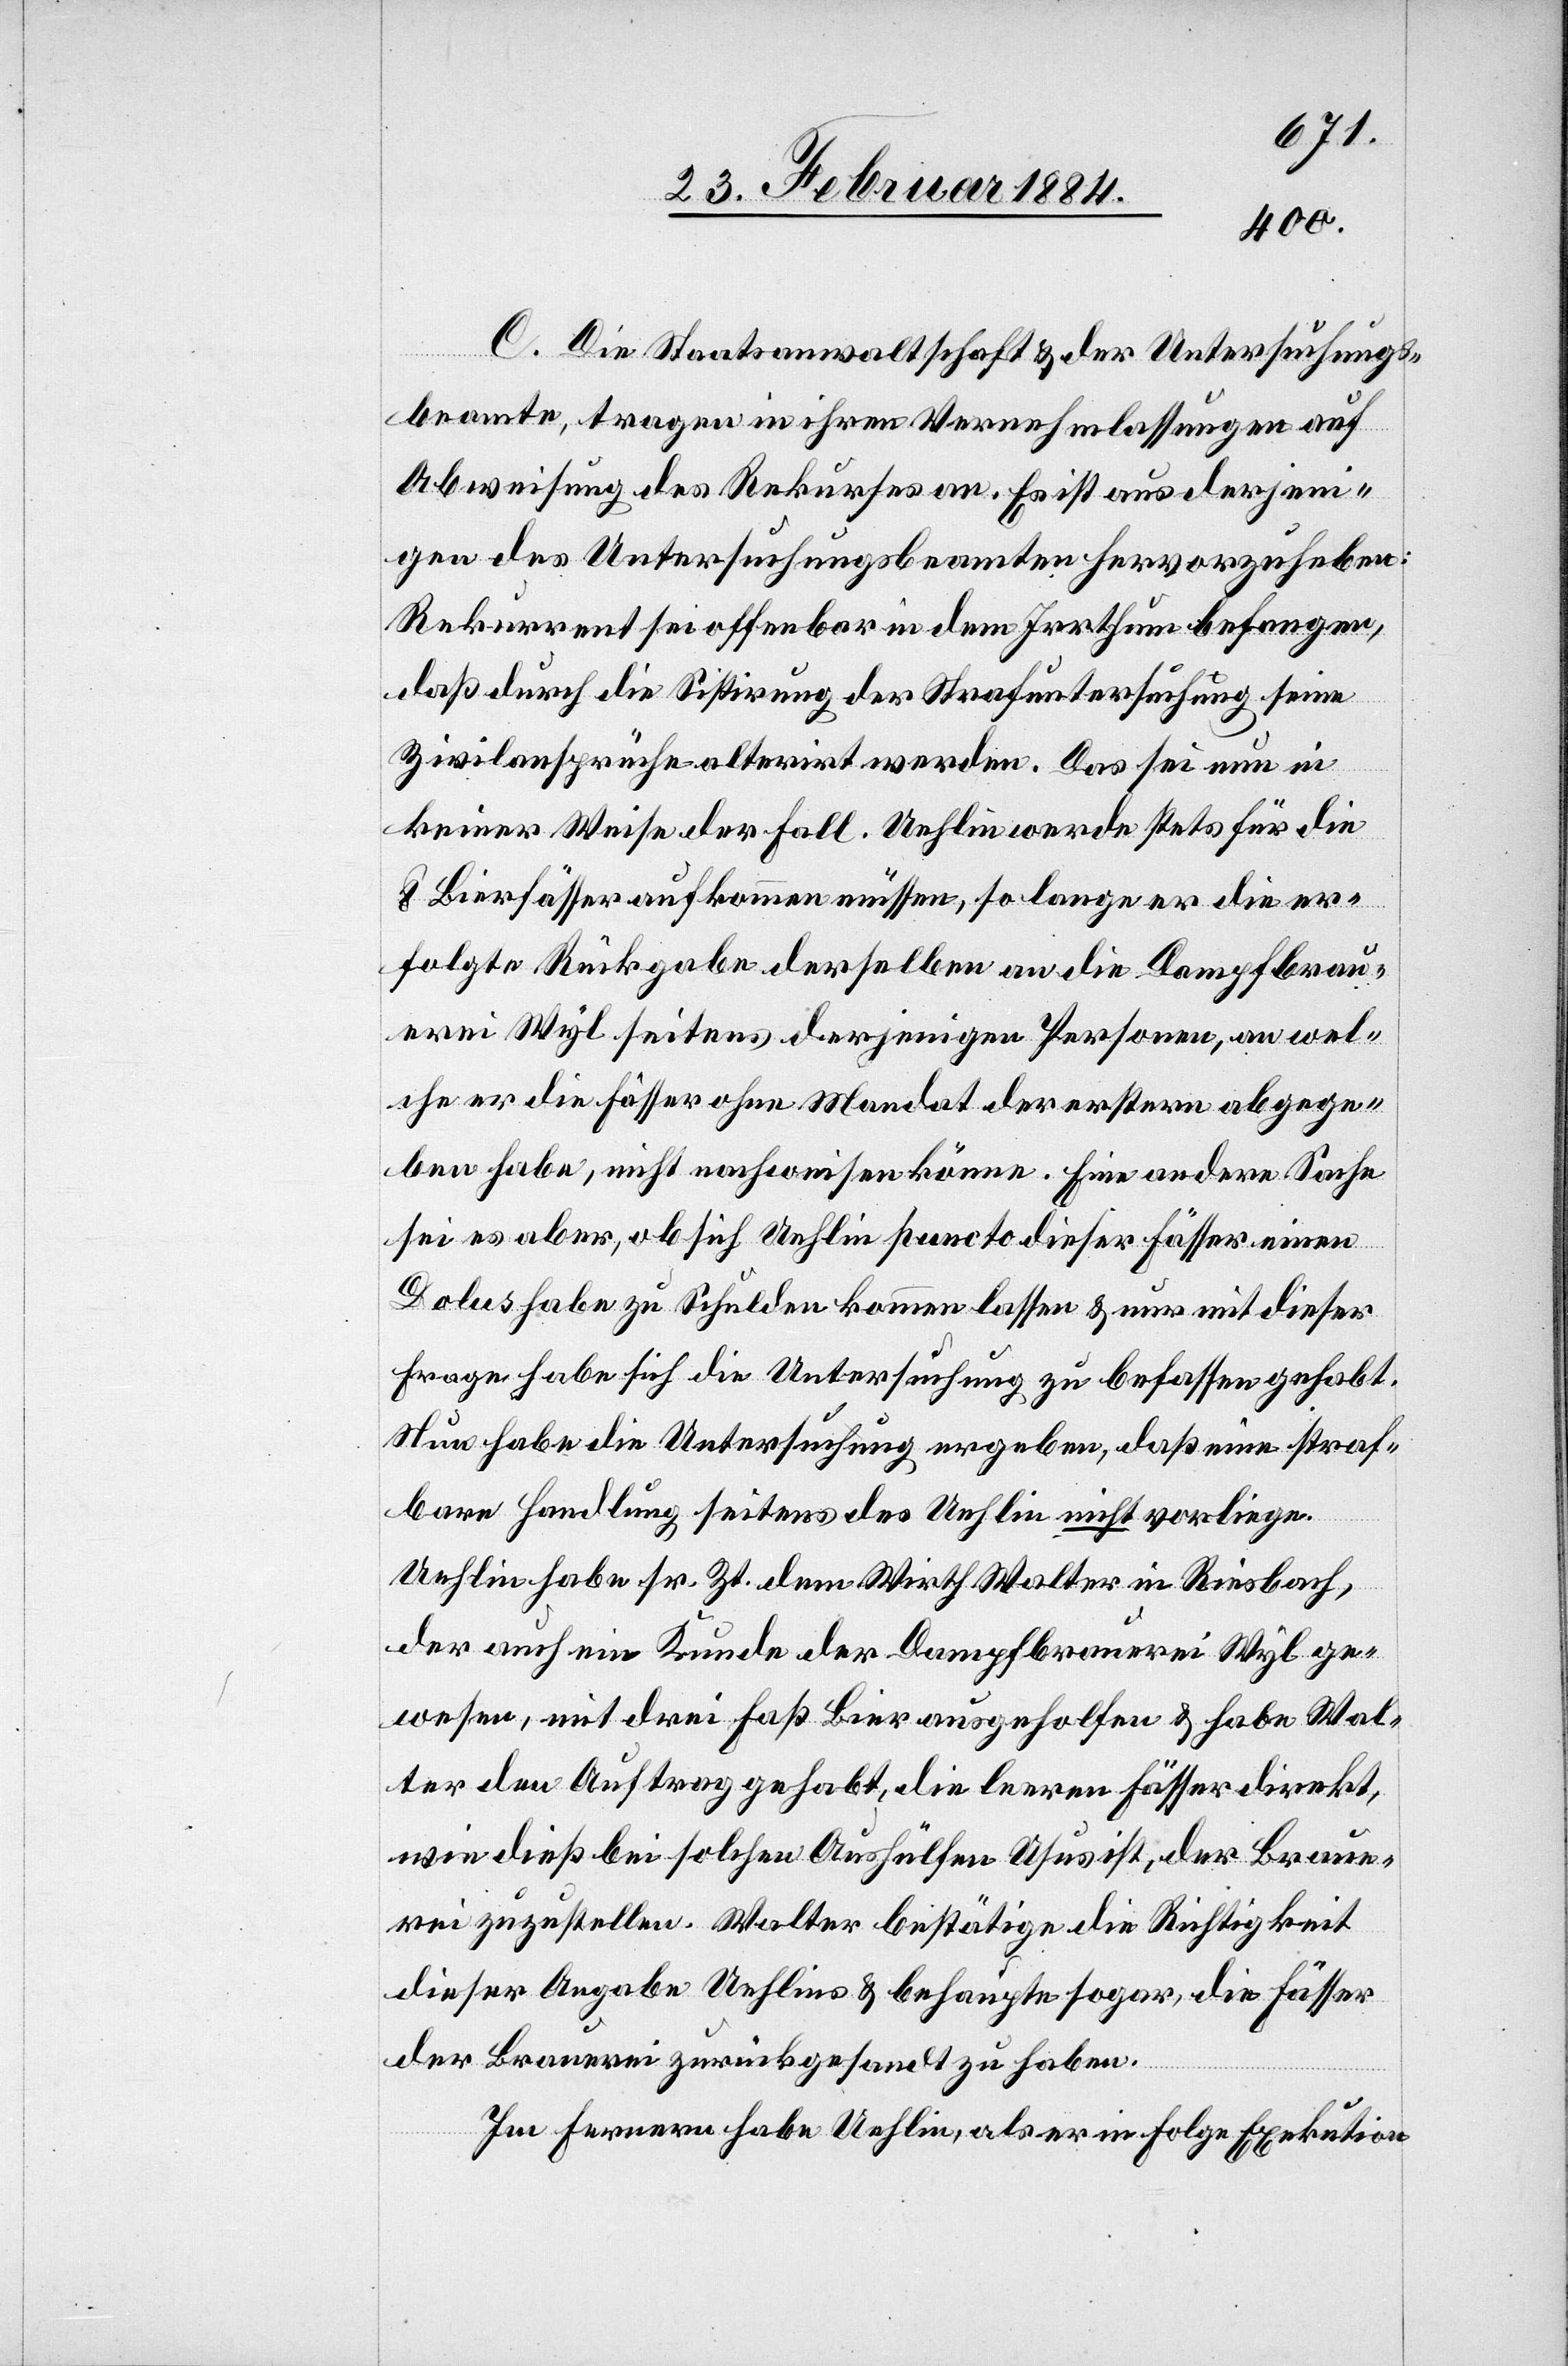
C. Die Staatsanwaltschaft & der Untersuchungs¬
beamte, tragen in ihren Vernehmlassungen auf
Abweisung des Rekurses an. Es ist aus derjeni¬
gen des Untersuchungsbeamten hervorzuheben:
Rekurrent sei offenbar in dem Irrthum befangen,
daß durch die Sistierung der Strafuntersuchung seine
Zivilansprüche alterirt werden. Das sei nun in
keiner Weise der Fall. Uehlin werde stets für die
8 Bierfässer aufkommen müssen, so lange er die er¬
folgte Rückgabe derselben an die Dampfbrau¬
erei Wyl seitens derjenigen Personen, an wel¬
che er die Fässer ohne Mandat der erstern abgege¬
ben habe, nicht nachweisen könne. Eine andere Sache
sei es aber, ob sich Uehlin puncto dieser Fässer einen
Dolus habe zu Schulden kommen lassen & nur mit dieser
Frage habe sich die Untersuchung zu befassen gehabt.
Nun habe die Untersuchung ergeben, daß eine straf¬
bare Handlung, seitens des Uehlin nicht vorliege.
Uehlin habe sr. Zt. dem Wirth Walter in Riesbach,
der auch ein Kunde der Dampfbrauerei Wyl ge¬
wesen, mit drei Faß Bier ausgeholfen & habe Wal¬
ter den Auftrag gehabt, die leeren Fässer direkt,
wie dieß bei solchen Aushülfen Usus ist, der Braue¬
rei zuzustellen. Walter bestätigte die Richtigkeit
dieser Angabe Uehlins & behauptete sogar, die Fässer
der Brauerei zurückgesandt zu haben.
Im ferneren habe Uehlin, als er in Folge Exekution